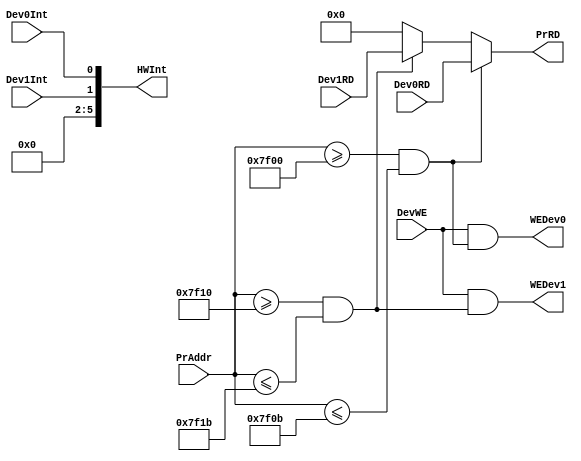
`timescale 1ns / 1ps
//////////////////////////////////////////////////////////////////////////////////
// Company: 
// Engineer: 
// 
// Design Name: 
// Module Name:    Bridge 
// Project Name: 
// Target Devices: 
// Tool versions: 
// Description: 
//
// Dependencies: 
//
// Revision: 
// Revision 0.01 - File Created
// Additional Comments: 
//
//////////////////////////////////////////////////////////////////////////////////
module Bridge(
    input [31:0] PrAddr,
    //input [31:0] PrWD,
	input Dev0Int,
	input Dev1Int,
	input DevWE,        //connected with MemWE
    input [31:0] Dev0RD,    //TC0
    input [31:0] Dev1RD,    //TC1
	output WEDev0,
	output WEDev1,
	output [31:0] PrRD,
    output [15:10] HWInt
    );  //TC0 0x00007F00th-0x00007F0Bth, TC1 0x00007F10th-0x00007F1Bth
    wire HitDev, HitDev0, HitDev1;
    assign HitDev = HitDev0 | HitDev1;
	assign HitDev0 = (PrAddr >= 32'h0000_7F00) && (PrAddr <= 32'h0000_7F0B);
    assign HitDev1 = (PrAddr >= 32'h0000_7F10) && (PrAddr <= 32'h0000_7F1B);
    assign WEDev0 = DevWE & HitDev0;
    assign WEDev1 = DevWE & HitDev1;
    assign PrRD = (HitDev0) ? Dev0RD:
                  (HitDev1) ? Dev1RD:0;
	assign HWInt = {4'b0, Dev1Int, Dev0Int};
endmodule